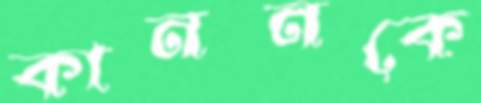
কাননকে